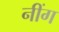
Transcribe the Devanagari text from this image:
नींग